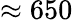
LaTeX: \approx 650